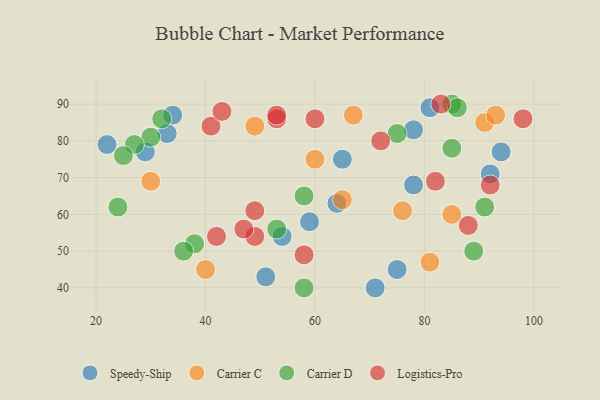
{"axis": {"x": "GDP", "y": "Life Expectancy"}, "legend": ["Carrier C", "Carrier D", "Logistics-Pro", "Speedy-Ship"], "data": [{"x": "94", "y": 77, "type": "Speedy-Ship"}, {"x": "59", "y": 58, "type": "Speedy-Ship"}, {"x": "34", "y": 87, "type": "Speedy-Ship"}, {"x": "71", "y": 40, "type": "Speedy-Ship"}, {"x": "78", "y": 68, "type": "Speedy-Ship"}, {"x": "78", "y": 83, "type": "Speedy-Ship"}, {"x": "51", "y": 43, "type": "Speedy-Ship"}, {"x": "54", "y": 54, "type": "Speedy-Ship"}, {"x": "65", "y": 75, "type": "Speedy-Ship"}, {"x": "92", "y": 71, "type": "Speedy-Ship"}, {"x": "33", "y": 82, "type": "Speedy-Ship"}, {"x": "81", "y": 89, "type": "Speedy-Ship"}, {"x": "64", "y": 63, "type": "Speedy-Ship"}, {"x": "22", "y": 79, "type": "Speedy-Ship"}, {"x": "75", "y": 45, "type": "Speedy-Ship"}, {"x": "29", "y": 77, "type": "Speedy-Ship"}, {"x": "91", "y": 85, "type": "Carrier C"}, {"x": "30", "y": 69, "type": "Carrier C"}, {"x": "60", "y": 75, "type": "Carrier C"}, {"x": "81", "y": 47, "type": "Carrier C"}, {"x": "40", "y": 45, "type": "Carrier C"}, {"x": "49", "y": 84, "type": "Carrier C"}, {"x": "67", "y": 87, "type": "Carrier C"}, {"x": "93", "y": 87, "type": "Carrier C"}, {"x": "65", "y": 64, "type": "Carrier C"}, {"x": "85", "y": 60, "type": "Carrier C"}, {"x": "76", "y": 61, "type": "Carrier C"}, {"x": "85", "y": 78, "type": "Carrier D"}, {"x": "32", "y": 86, "type": "Carrier D"}, {"x": "30", "y": 81, "type": "Carrier D"}, {"x": "58", "y": 40, "type": "Carrier D"}, {"x": "24", "y": 62, "type": "Carrier D"}, {"x": "85", "y": 90, "type": "Carrier D"}, {"x": "58", "y": 65, "type": "Carrier D"}, {"x": "27", "y": 79, "type": "Carrier D"}, {"x": "91", "y": 62, "type": "Carrier D"}, {"x": "53", "y": 56, "type": "Carrier D"}, {"x": "86", "y": 89, "type": "Carrier D"}, {"x": "89", "y": 50, "type": "Carrier D"}, {"x": "25", "y": 76, "type": "Carrier D"}, {"x": "38", "y": 52, "type": "Carrier D"}, {"x": "36", "y": 50, "type": "Carrier D"}, {"x": "75", "y": 82, "type": "Carrier D"}, {"x": "53", "y": 86, "type": "Logistics-Pro"}, {"x": "83", "y": 90, "type": "Logistics-Pro"}, {"x": "58", "y": 49, "type": "Logistics-Pro"}, {"x": "82", "y": 69, "type": "Logistics-Pro"}, {"x": "49", "y": 54, "type": "Logistics-Pro"}, {"x": "72", "y": 80, "type": "Logistics-Pro"}, {"x": "42", "y": 54, "type": "Logistics-Pro"}, {"x": "53", "y": 87, "type": "Logistics-Pro"}, {"x": "47", "y": 56, "type": "Logistics-Pro"}, {"x": "41", "y": 84, "type": "Logistics-Pro"}, {"x": "92", "y": 68, "type": "Logistics-Pro"}, {"x": "43", "y": 88, "type": "Logistics-Pro"}, {"x": "60", "y": 86, "type": "Logistics-Pro"}, {"x": "88", "y": 57, "type": "Logistics-Pro"}, {"x": "49", "y": 61, "type": "Logistics-Pro"}, {"x": "98", "y": 86, "type": "Logistics-Pro"}]}